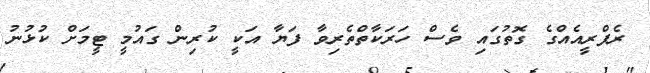
ރެފްރީއެއްގެ ގޮތުގައި ވެސް ހަރަކާތްތެރިވާ ފަޔާ އަކީ ކުރިން ގައުމީ ޓީމަށް ކުޅުނު